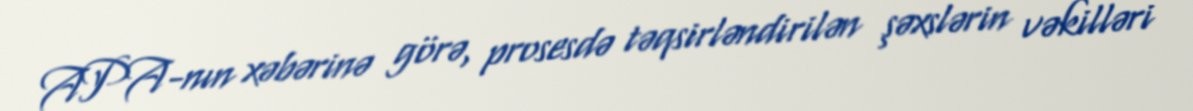
APA-nın xəbərinə görə, prosesdə təqsirləndirilən şəxslərin vəkilləri